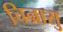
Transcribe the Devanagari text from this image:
चिन्रासु